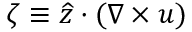
\zeta \equiv \widehat { z } \cdot ( \nabla \times { \boldsymbol u } )